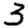
Digit: 3